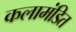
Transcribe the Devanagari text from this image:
कलामंडित